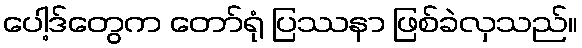
ပေါ့ဒ်တွေက တော်ရုံ ပြဿနာ ဖြစ်ခဲလှသည်။